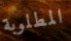
المطلوبة